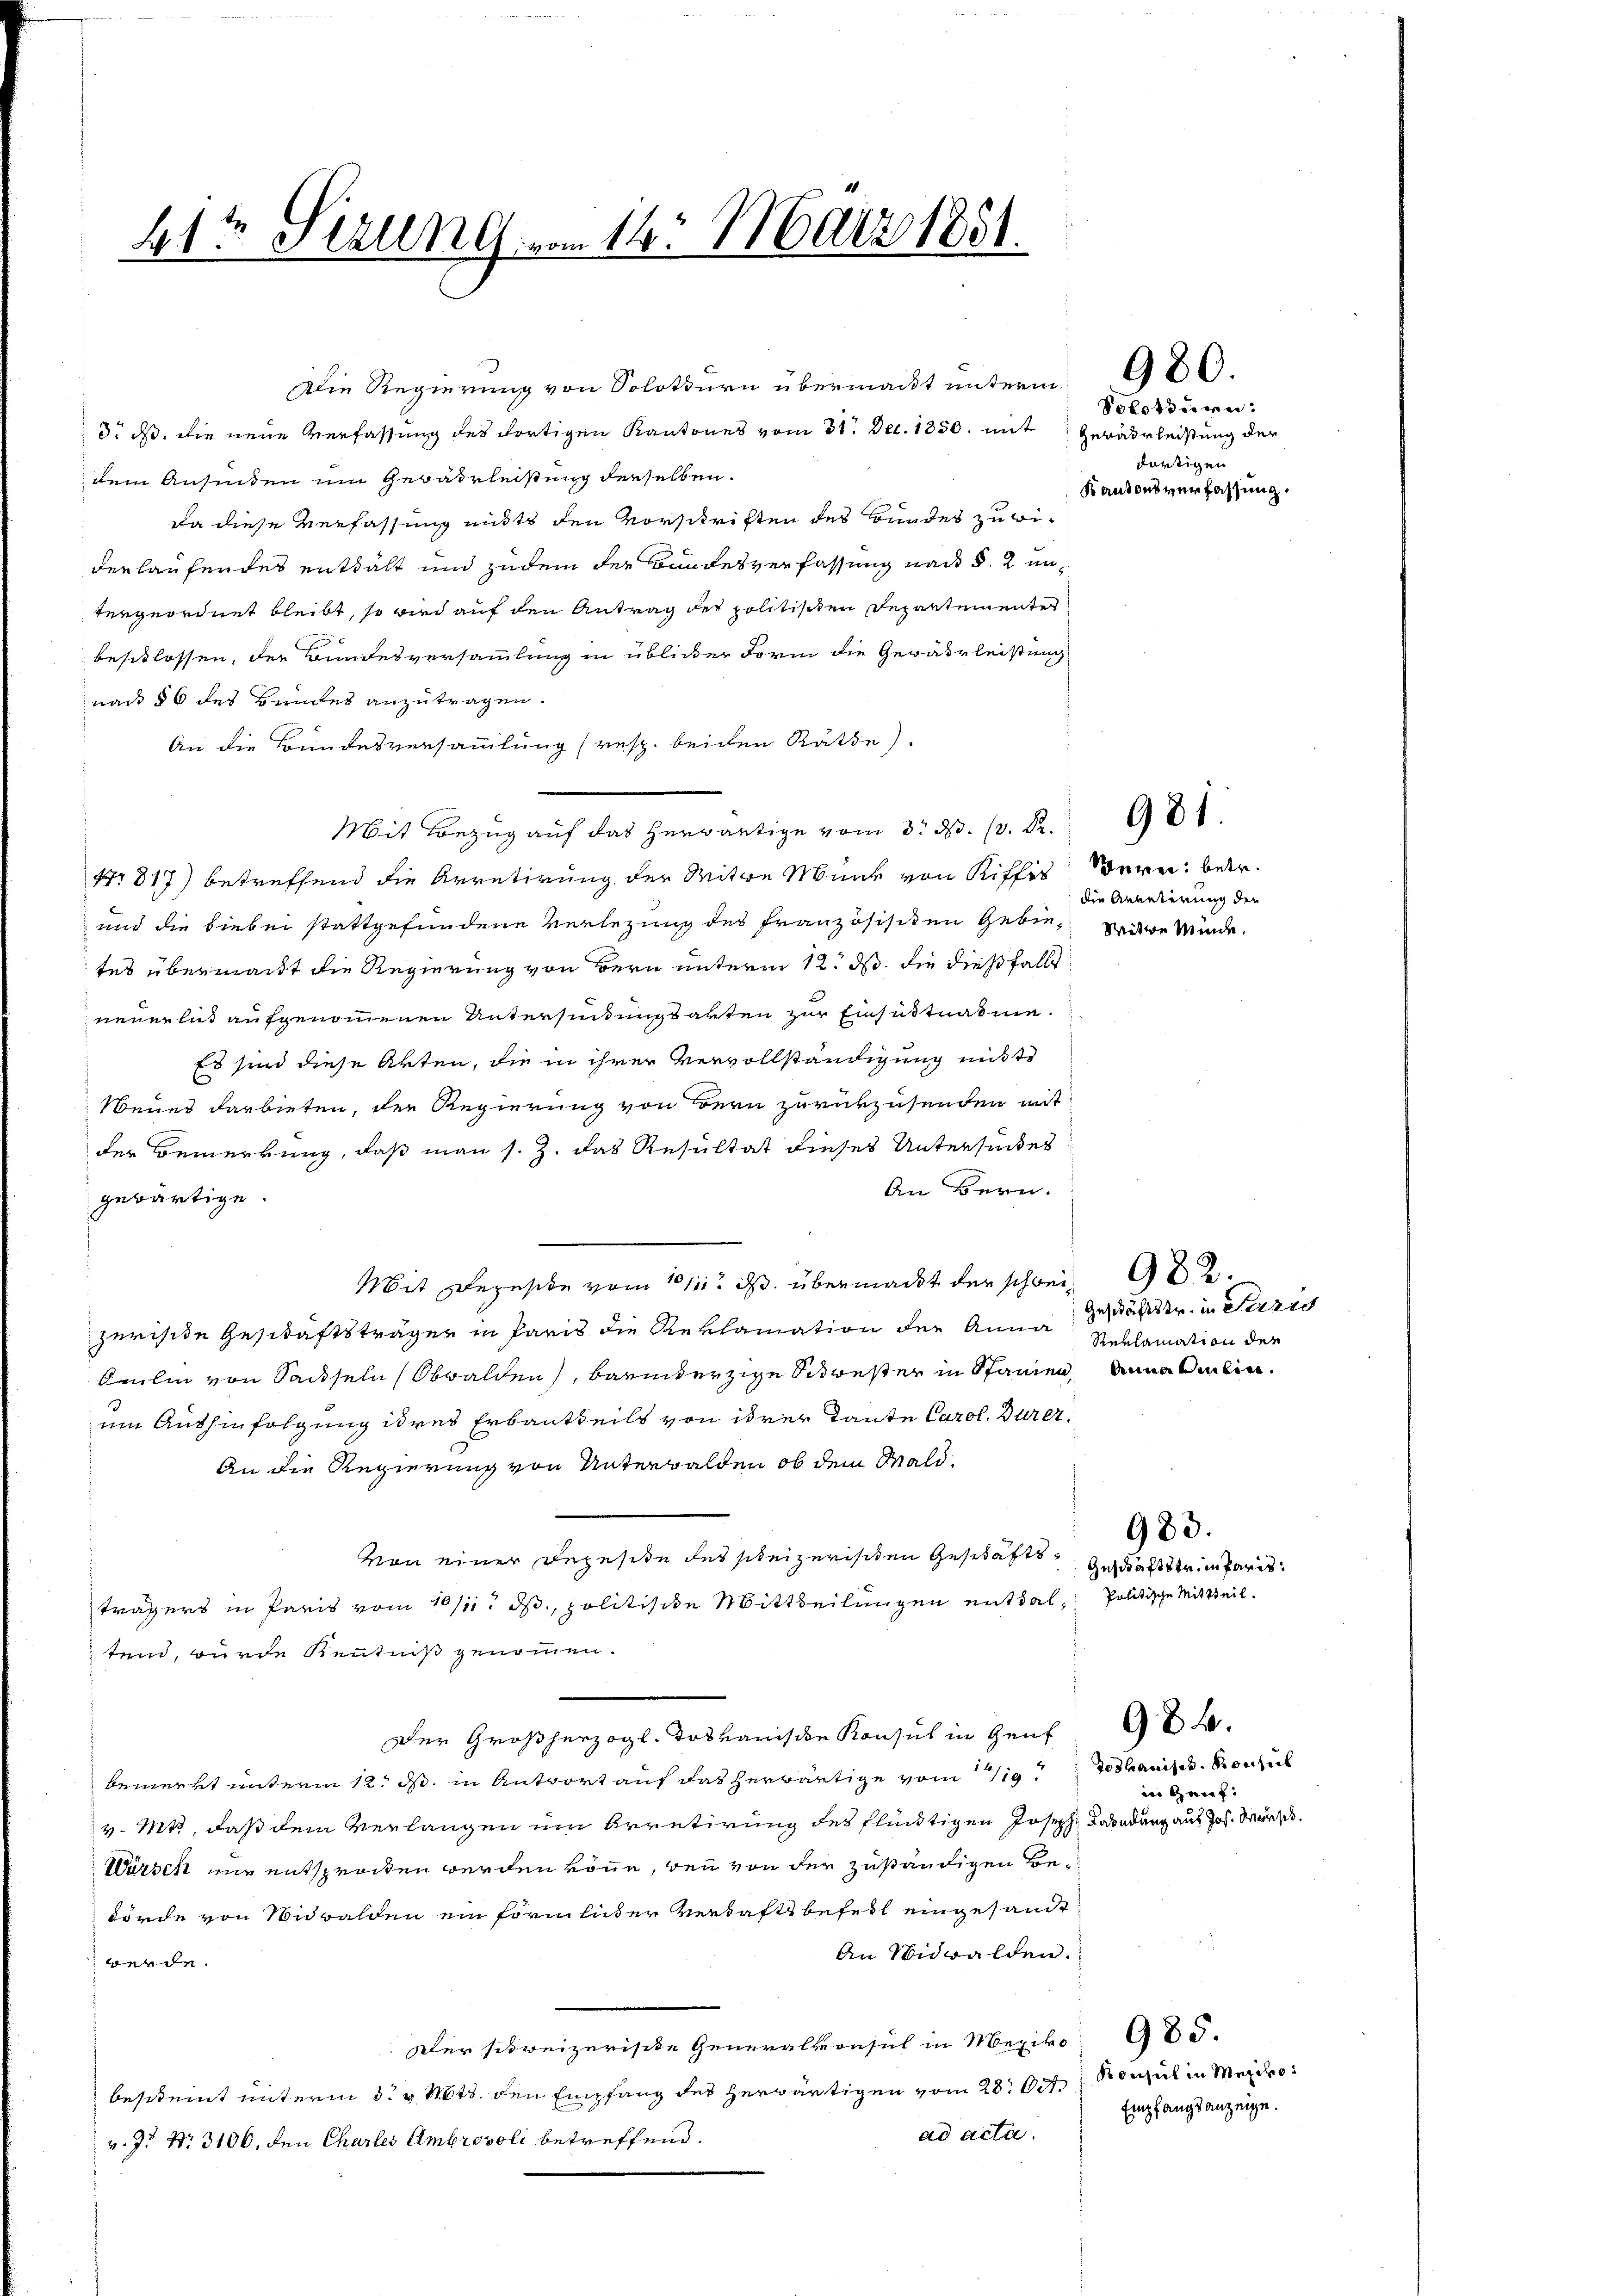
41t Sizung vom 14. März 1851.

3. ds. die neue Verfassung des dortigen Kantones vom 31. Dec. 1850. mit Gewährleistung der
dem Ansinden um Gebädrleistung derselben.
Da diese Verfassung mit den Vorschriften des Bundes zu biderlaufendes enthält und zudem der Bundesverfassung nach § 2 unergeordnet bleibt, so wird auf den Antrag der politischten Departemente
beschlossen, der Bundesversammlung in üblicker Form die Gewährleistung
nach § 6 des Bundes anzutragen.
An die Bundesversammlung (resp. beiden Räthe).
Mit Bezug auf das herwärtige vom 3. d. d. d.
Nr 817) betreffend die Arretirung der Witwe Münde von Riffes Bern betr.
und die diebei stattgefundene Verlegung des Französisiten Gebie¬ wedere Minde.
es übermacht die Regierung von Bern unterm 12. ds. die dießfalls
neuerlit aufgenommenen Untersendungsarten zur Einsetname.
Es sind diese Arten, die in ihrer Vervollständigung mitt
Neues darbieten, der Regierung von Bern zurückzusenden mit
der Bemerkung, daß man s. Z. das Resultat dieses Untersuches
An Bern.
gewärtige.
Mit Begehrte vom 1111. ds. übermacht der schwei
zerisite Geschäftsträger in Paris die Reklamation der Anna
Arlin von Sachseln (Obwalden, bariterzige Schwester in Spanien, Anna meinum Aushinfolgung ihres Erbautheils von ihrer Tante Carol. Dürer.
An die Regierung von Unterwalden ob dem Mald¬
Von einer Bezusete des scheizerischen Geschäftsträgers in Paris vom 10/11. ds, politische Mittheilungen enthal, Politische Mittheiltend, wurde Kenntniß genommen.
Der Großherzogl. Dosvanische Konsul in Genf
bemerkt unterm 12. d. in Antwort auf das herwärtige vom 19t Johanisis Schul
v. Mts, daß dem Verlangen um Arretirung des Flintigen Joseph Babedung auf Jos. Würfe.
Würsch nur entsprochen werden könne, den von der zuständigen Be¬
Förde von Nidwalden ein förmlicher Verhaftsbefehl eingesandt
An Nidwalden.
werde.
dler sit weizerische Generalkonsul in Mexiko
bescheint unterm 3. v. Mts. den Empfang des herwärtigen vom 28. Oct. Konsul in Meiderad acta.
v. J. Nr. 3100, den Charles Ambrosoli betreffend.

Die Regierung von Solothurn übermacht unterm

Solothurn.
dortigen
Kantonsverfassung.

die Anerierung der

Geschäftstr. in Paris
Reklamation der

980.

981.

983.
Geschäftstr. in Paris.

in Gere

984.

985.
Empfangsanzeige.